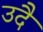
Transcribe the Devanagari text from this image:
उदै